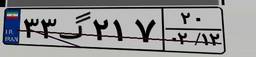
۵۱گ۵۷۳۳۷